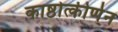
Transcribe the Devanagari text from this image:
काष्ठोत्कीर्णन